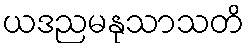
ယဒညမနုသာသတိ